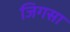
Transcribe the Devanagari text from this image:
जिगसा